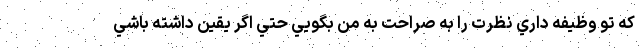
كه تو وظيفه داري نظرت را به صراحت به من بگويي حتي اگر يقين داشته باشي